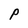
Character: P